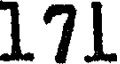
171